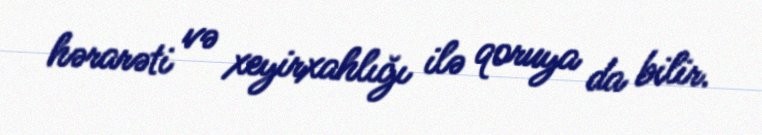
hərarəti və xeyirxahlığı ilə qoruya da bilir.